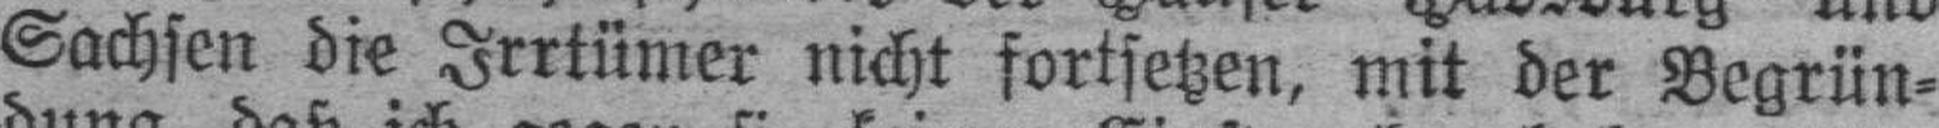
Sachsen die Irrtümer nicht fortsetzen, mit der Begrün¬